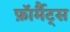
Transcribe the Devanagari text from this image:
फ़ॉर्मैट्स